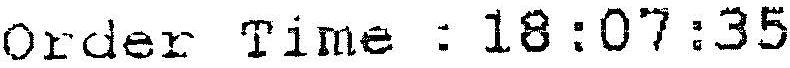
ORDER TIME : 18:07:35